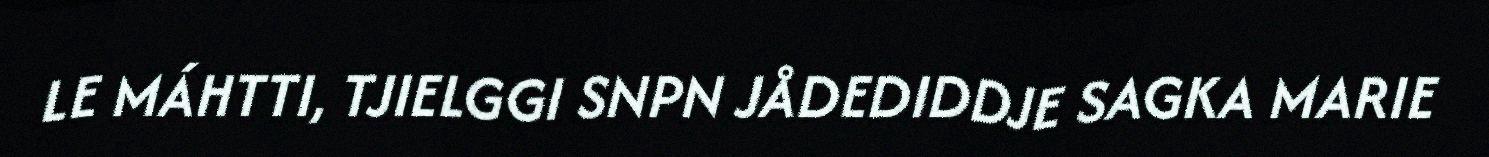
LE MÁHTTI, TJIELGGI SNPN JÅDEDIDDJE SAGKA MARIE